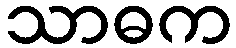
သာဓက